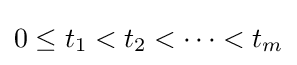
0\leq t_{1}<t_{2}<\dots <t_{m}